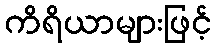
ကိရိယာများဖြင့်